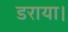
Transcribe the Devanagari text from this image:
डराया।